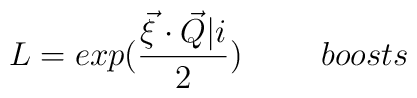
L = exp(\frac{\vec{\xi} \cdot \vec{Q}\vert i}{2}) \hspace{10mm} boosts